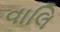
વાલિ